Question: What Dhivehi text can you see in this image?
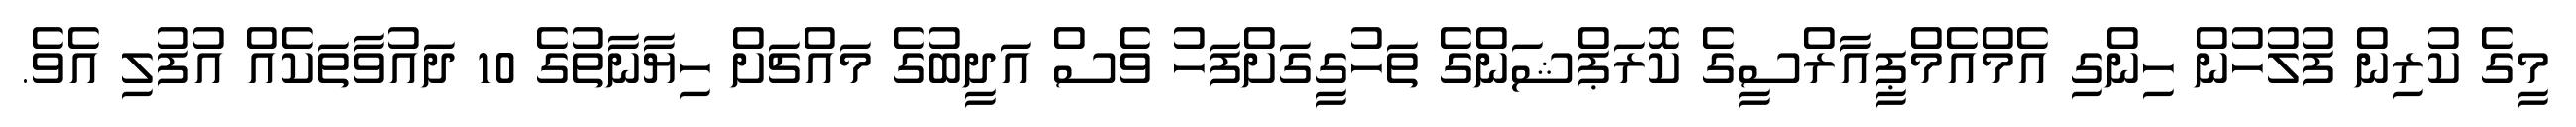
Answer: މީގެ ކުރިން ފުލުހުން ހިންގި އެމްއެމްޕީއާރްސީގެ ކޮރަޕްޝަންގެ ތަހުގީގަށްފަހު ވެސް އަދީބުގެ މައްޗަށް ހިޔާނާތުގެ 10 ދައުވާތަކެއް އުފުލި އެވެ.